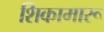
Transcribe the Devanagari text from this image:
शिकामारू